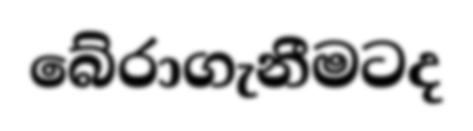
බේරාගැනීමටද